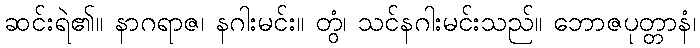
ဆင်းရဲ၏။ နာဂရာဇ၊ နဂါးမင်း။ တွံ၊ သင်နဂါးမင်းသည်။ ဘောဇပုတ္တာနံ၊